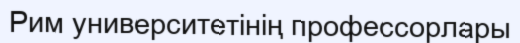
Рим университетінің профессорлары